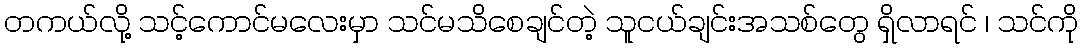
တကယ်လို့ သင့်ကောင်မလေးမှာ သင်မသိစေချင်တဲ့ သူငယ်ချင်းအသစ်တွေ ရှိလာရင် ၊ သင်ကို